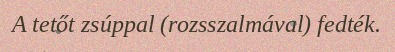
A tetőt zsúppal (rozsszalmával) fedték.